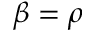
\beta = \rho